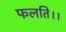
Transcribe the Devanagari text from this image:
फलति।।